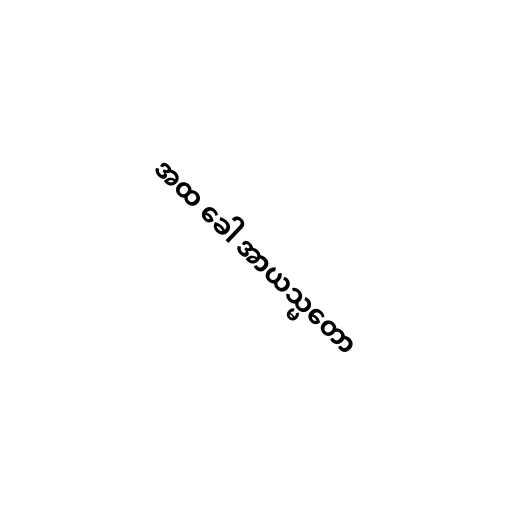
အထ ခေါ အာယသ္မတော